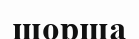
шорша